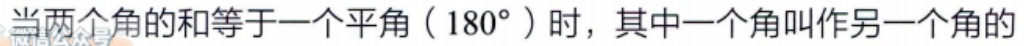
当两个角的和等于一个平角（\(180^{\circ}\)）时，其中一个角叫作另一个角的